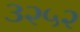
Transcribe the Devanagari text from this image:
३२५२